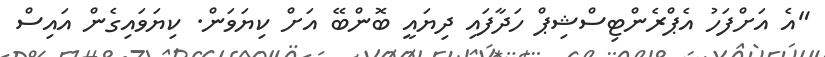
"އެ އަށްފަހު އެޕްރެންޓިސްޝިޕް ހަދާފައި ދިޔައީ ބޮންބޭ އަށް ކިޔަވަން. ކިޔަވައިގެން އައިސް